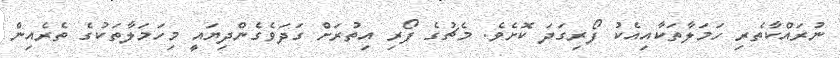
ނުރައްކާތެރި ހަމަލާތަކާއިއެކު ފޯރިގަދަ ކޮށެވެ. މެޗުގެ ފޯރި އިތުރަށް ގަދަވެގެންދިޔައީ މިހަމަލާތަކުގެ ތެރެއިން